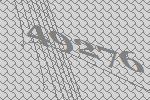
49276